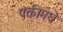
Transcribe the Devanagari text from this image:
पंक्तीमधे